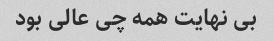
بی نهایت همه چی عالی بود